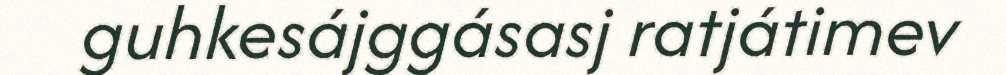
guhkesájggásasj ratjátimev